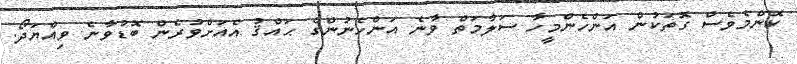
ކޮންމެވެސް ގޮތަކުން އަންހެންމީހާ ސަލާމަތް ވާނެ އަންހެނުންގެ ޙައްޤު އެއަށްވުރެން ބޮޑުވާނެ ވިއްޔަދޯ.